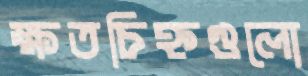
ক্ষতচিহ্নগুলো